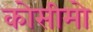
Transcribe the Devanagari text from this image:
कोसीमो